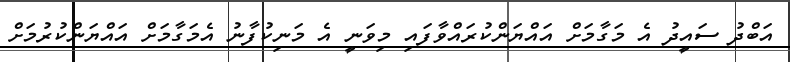
އަބްދު ސައީދު އެ މަގާމަށް އައްޔަންކުރައްވާފައި މިވަނީ އެ މަނިކުފާނު އެމަގާމަށް އައްޔަންކުރުމަށް